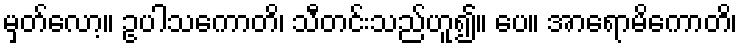
မှတ်လော့။ ဥပါသကောတိ၊ သီတင်းသည်ဟူ၍။ ပေ။ အာရောမိကောတိ၊